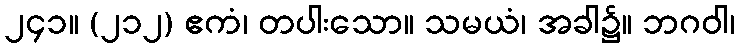
၂၄၁။ (၂၁၂) ဧကံ၊ တပါးသော။ သမယံ၊ အခါ၌။ ဘဂဝါ၊